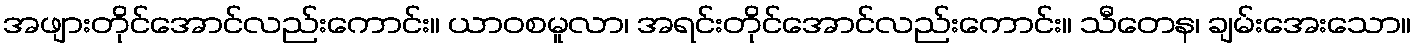
အဖျားတိုင်အောင်လည်းကောင်း။ ယာဝစမူလာ၊ အရင်းတိုင်အောင်လည်းကောင်း။ သီတေန၊ ချမ်းအေးသော။